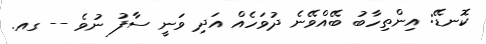
ކޮނޑޭ: އިންތިހާބު ބޭއްވޭނެ ދުވަހެއް އަދި ވަނީ ސާފު ނުވެ -- ގއ.